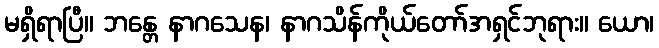
မရှိရာပြီ။ ဘန္တေ နာဂသေန၊ နာဂသိန်ကိုယ်တော်အရှင်ဘုရား။ ယော၊